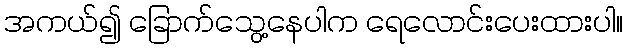
အကယ်၍ ခြောက်သွေ့နေပါက ရေလောင်းပေးထားပါ။